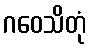
ဂဝေသိတုံ